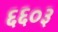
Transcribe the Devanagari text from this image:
६६०३